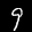
Label: 9